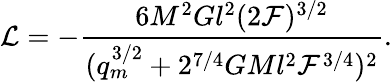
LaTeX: {\cal L}=-\frac{6M^{2}Gl^{2}(2{\cal F})^{3/2}}{(q_{m}^{3/2}+2^{7/4}GMl^{2}{\cal F}^{3/4})^{2}}.